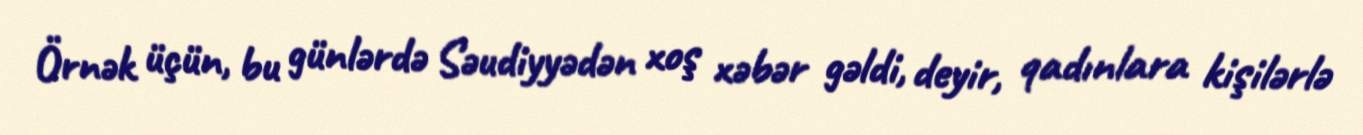
Örnək üçün, bu günlərdə Səudiyyədən xoş xəbər gəldi, deyir, qadınlara kişilərlə